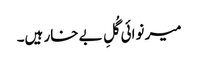
میر نوائی گُلِ بے خار ہیں۔